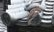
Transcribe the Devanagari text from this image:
थंबू